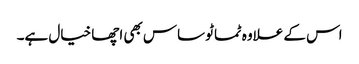
اس کے علاوہ ٹماٹو ساس بھی اچھا خیال ہے۔